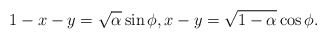
\begin{align*}1-x-y=\sqrt{\alpha} \sin\phi,x-y=\sqrt{1-\alpha}\cos\phi.\end{align*}